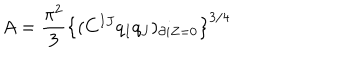
A = { \frac { \pi ^ { 2 } } { 3 } } \left\{ ( C ^ { I J } q _ { I } q _ { J } ) _ { \partial i Z = 0 } \right\} ^ { 3 / 4 }